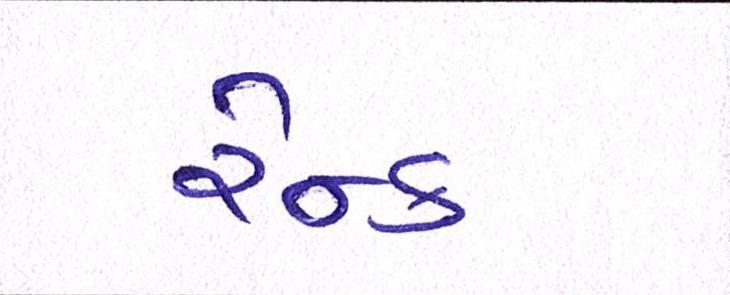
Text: રેન્ક